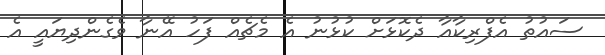
ސައުތު އެފްރިކާއާ ދެކޮޅަށް ކުޅުނު އެ މެޗެއް ފަހު އޭނާ ވެގެންދިޔައީ އެ